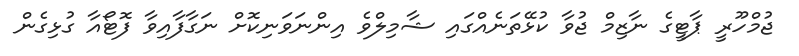
ޖުމްހޫރީ ޕާޓީގެ ނާޒިމް ޖުވާ ކުޅޭތަނެއްގައި ޝާމިލްވެ އިންނަވަނިކޮށް ނަގާފާއިވާ ފޮޓޯއާ ގުޅިގެން